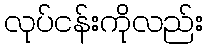
လုပ်ငန်းကိုလည်း